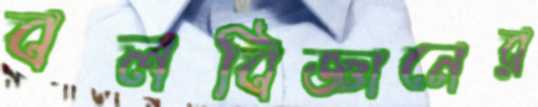
বলবিজ্ঞানের